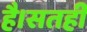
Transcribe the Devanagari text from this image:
है।सतही